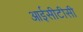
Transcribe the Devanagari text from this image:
आईसीटीसी